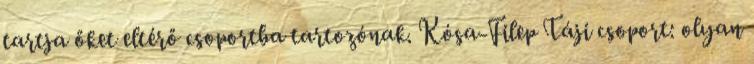
tartja őket eltérő csoportba tartozónak. Kósa-Filep Táji csoport: olyan